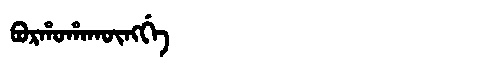
Manchu: ᠪᠣᡵᡥᠣᡥᠠᡴᡡᠩᡤᡝ
Romanization: BORHOHAKŪNGGE